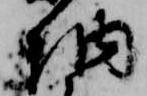
納